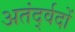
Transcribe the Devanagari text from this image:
अतंर्द्वदों